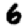
Digit: 6